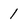
Character: 1